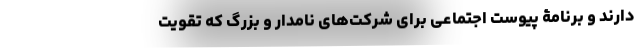
دارند و برنامۀ پیوست اجتماعی برای شرکت‌های نامدار و بزرگ که تقویت